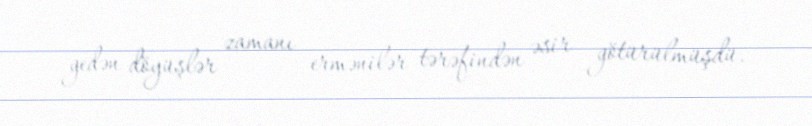
gedən döyüşlər zamanı ermənilər tərəfindən əsir götürülmüşdü.